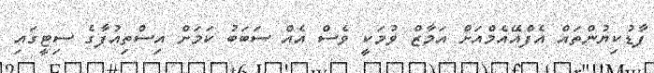
ފާޑުކިޔުންތައް އެފްއޭއެމްއަށް އަމާޒް ވުމަކީ ވެސް އެއް ސަބަބު ކަމަށް އިސްތިއުފާގެ ސިޓީގައި